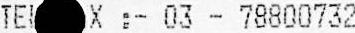
TEL X :- 03 - 78800732